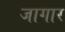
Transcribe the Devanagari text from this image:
जागार